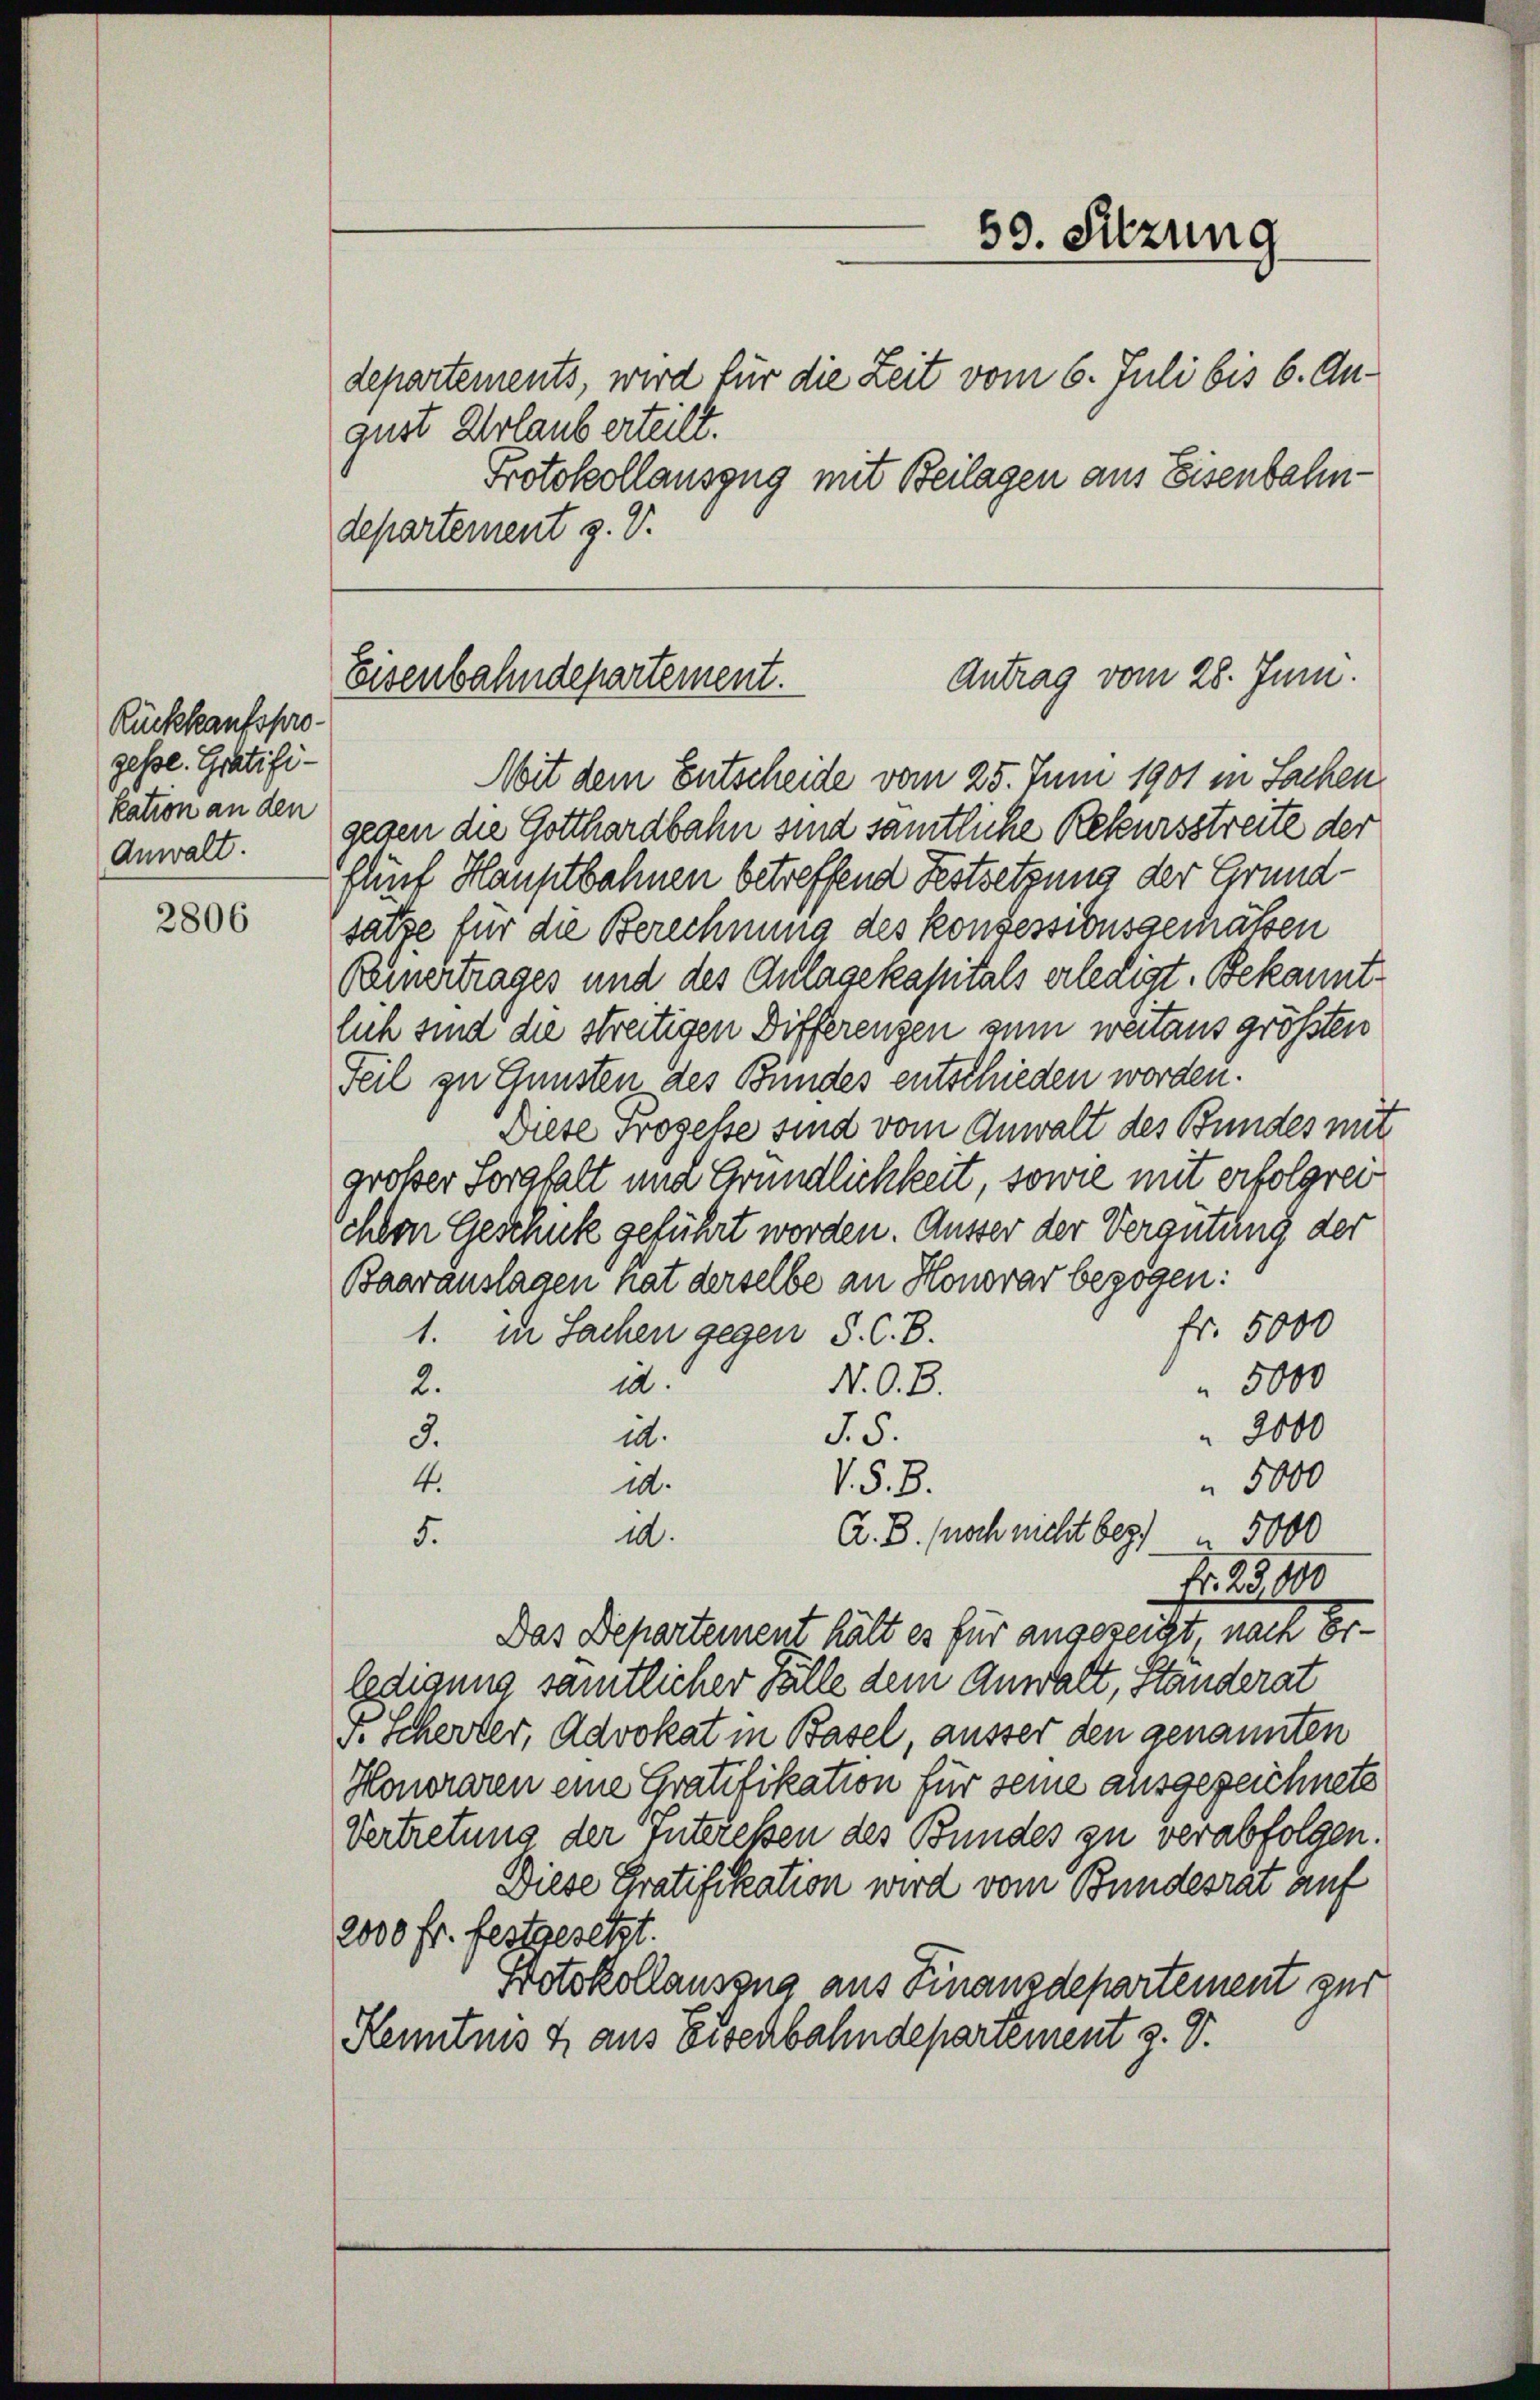
Rückkaufsprogesse. Gratifikation an den
Anwalt.

2806

departements, wird für die Zeit vom 6. Juli bis 6. August Urlaub erteilt.
Protokollauszug mit Beilagen aus Eisenbahndepartement z. V.

59. Sitzung

Antrag vom 28. Juni.
Eisenbahndepartement.

Mit dem Entscheide vom 25. Juni 1901 in Sachen
gegen die Gotthardbahn sind samtliche Rekursstreite der
flünf Hauptbahnen betreffend Festsetzung der Grund-
satze für die Berechnung des konzessionsgesäten
Bunertrages und des Anlagekapitals erledigt. Bekanntlich sind die streitigen Differengen zum weitaus größten
Teil zu Gunsten des Bundes entschieden worden.
Diese Prozesse sind vom Anwalt des Bundes mit
großer Sorgfalt und Grundlichkeit, sowie mit erfolgrei
chen Geschuk geführt worden. Äusser der Vergütung der
Baarauslagen hat derselbe an Honorar bezogen:
fr. 5000
1. in Sachen gegen S. C. B.
 5000
N. O. B.
id.
2.
2000
5.5.
id.
3.
4.
5000
V. §. 8.
dd.
A. B. noch nicht bez. 5000
10.
5.
Nr. 23. 190
Das Departement hält es für angezeigt, nach Er
ledigung sämtlicher Fälle dem Anwalt, Standerat
v. Scherter, Advokat in Basel, ausser den genannten
Honoraren eine Gratifikation für seine ausgezeichnete
Vertretung der Interessen des Bundes zu verabfolgen.
Diese Gratifikation wird vom Bundesrat auf
2000 fr. festgesetzt.
Protokollausung aus Finanzdepartement zur
Kenntnis 4 aus Eisenbahndepartement z. V.